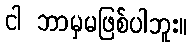
ငါ ဘာမှမဖြစ်ပါဘူး။